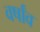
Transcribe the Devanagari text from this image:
वर्षांव